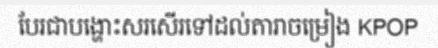
បែរជាបង្ហោះសរសើរទៅដល់តារាចម្រៀង KPOP